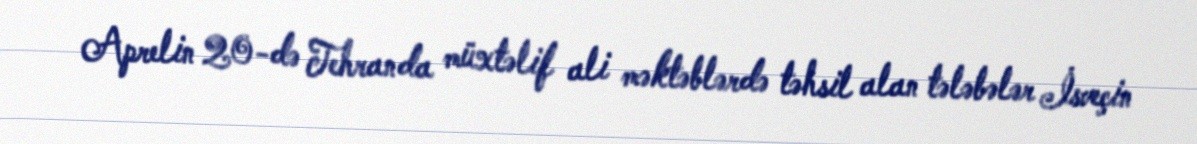
Aprelin 20-də Tehranda müxtəlif ali məktəblərdə təhsil alan tələbələr İsveçin